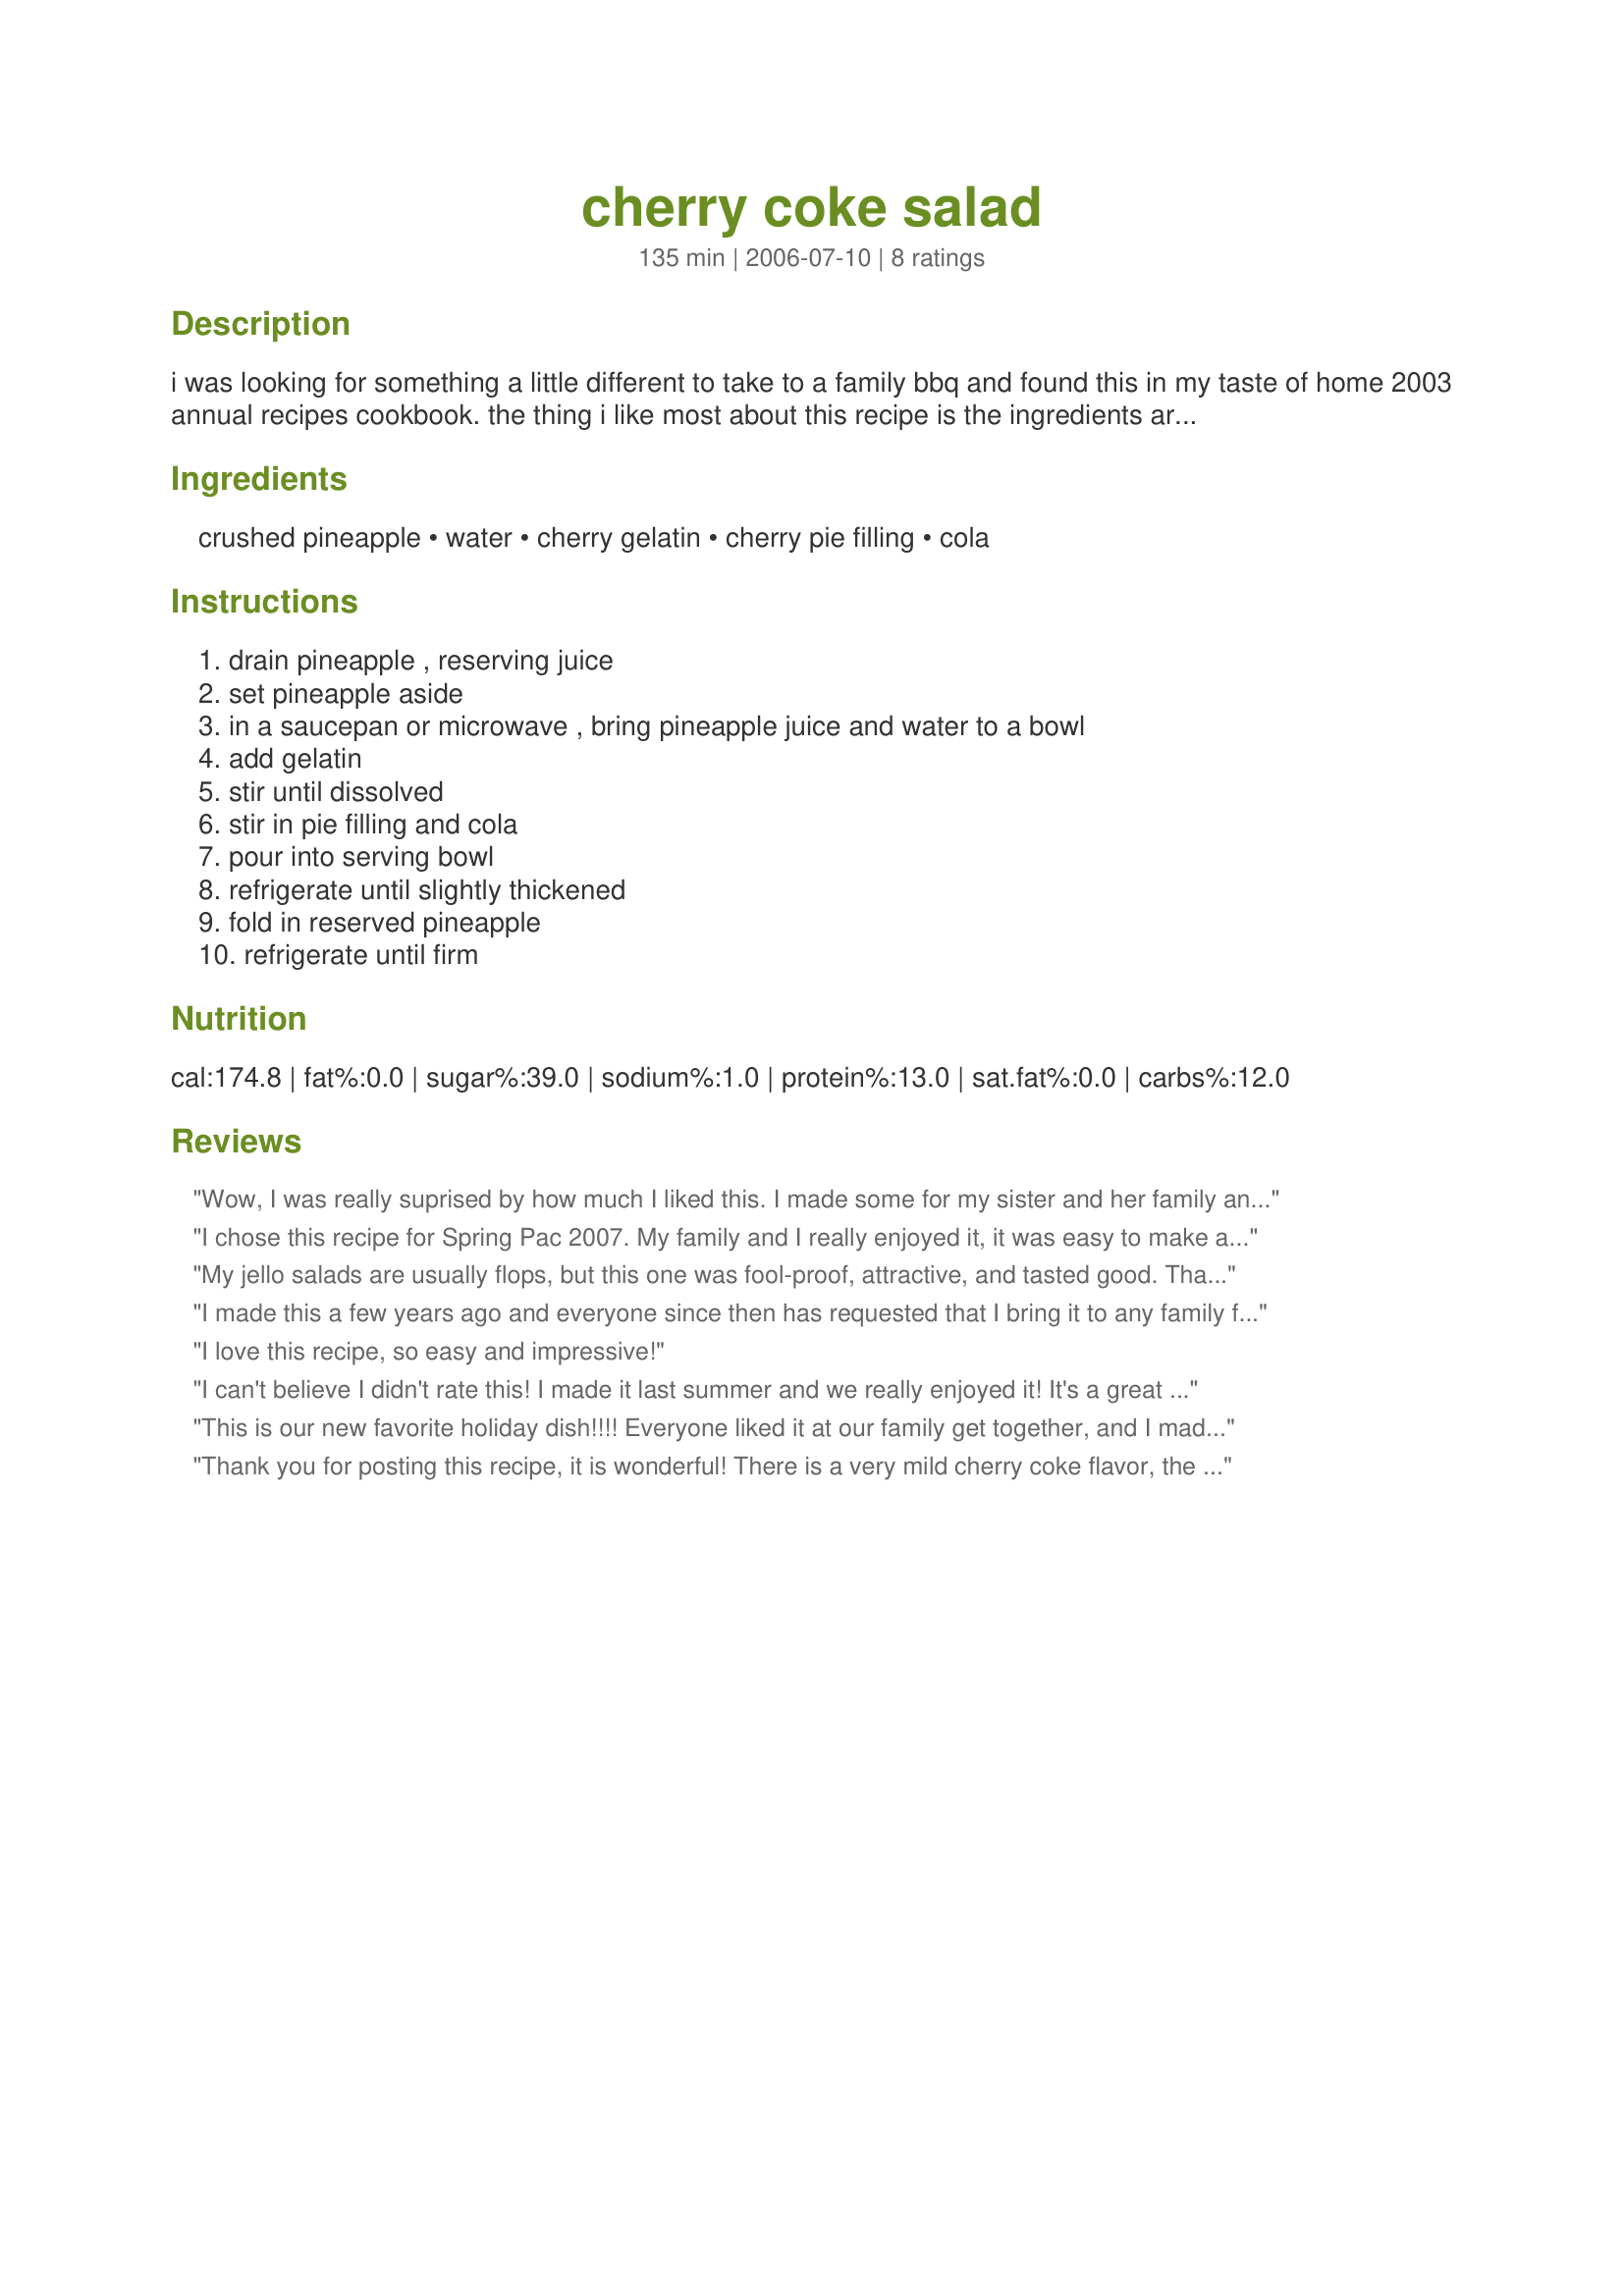
cherry coke salad
Preparation time: 135 minutes

i was looking for something a little different to take to a family bbq and found this in my taste of home 2003 annual recipes cookbook. the thing i like most about this recipe is the ingredients are usually in my cupboards. very pretty if you make it in a glass serving bowl. makes a great dessert, too.

Ingredients:
crushed pineapple, water, cherry gelatin, cherry pie filling, cola

Steps:
drain pineapple , reserving juice, set pineapple aside, in a saucepan or microwave , bring pineapple juice and water to a bowl, add gelatin, stir until dissolved, stir in pie filling and cola, pour into serving bowl, refrigerate until slightly thickened, fold in reserved pineapple, refrigerate until firm

Reviews:
Wow, I was really suprised by how much I liked this. I made some for my sister and her family and she liked it so much, she went out and got the ingredients to make this. I did make it sugar free by using sugar free jello, sugar free cherry pie filling and diet cola. It was the consistency of thejello that I really loved. I guess it was the cherry pie filling that made it seem different than regular jiggley jello texture.
I chose this recipe for Spring Pac 2007. My family and I really enjoyed it, it was easy to make and we loved the flavor of it all. Thanks for a great one!
My jello salads are usually flops, but this one was fool-proof, attractive, and tasted good. Thanks, Watkinslady, for taking some stress out of holiday dinner preparations.
I made this a few years ago and everyone since then has requested that I bring it to any family functions, I always forget but got a phone call this morning reminding me to bring tomorrow for thanksgiving, couldn't find my recipe, so glad its posted here. =) I use sugar free jello and pie filling but reg. cherry coke, its very sweet! but very Delicious.
I love this recipe, so easy and impressive!
I can't believe I didn't rate this! I made it last summer and we really enjoyed it! It's a great summer dish, and we'll be having it again this summer.
This is our new favorite holiday dish!!!!
Everyone liked it at our family get together, and I made it for a school potluck dinner!! 
Rave reviews on this one!!!
Thank you for posting this recipe, it is wonderful! There is a very mild cherry coke flavor, the crushed pineapple adds nice texture along with the cherries, and a bit of tart zip that we enjoyed! I served with a dollop of whipped cream and sprinkled with chopped pecans. very good!
